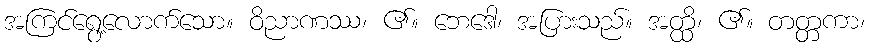
အကြင်ရွေ့လောက်သော။ ဝိညာဏဿ၊ ၏။ ဘေဒေါ၊ အပြားသည်။ အတ္ထိ၊ ၏။ တတ္တကာ၊